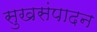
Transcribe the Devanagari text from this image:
सुखसंपादन